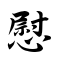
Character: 慰